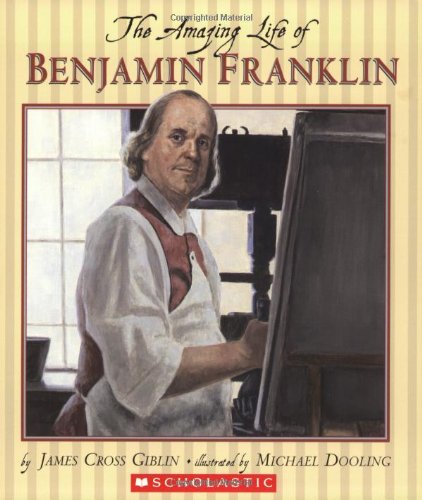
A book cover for The Amazing Life of Benjamin Franklin; James Cross Giblin; Children's Books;